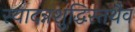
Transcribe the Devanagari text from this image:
स्यादन्नशुद्धिस्तथैव